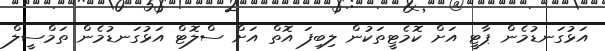
އަޅުގަނޑުމެން ޕާޓީ އަށް ކޮމެޓީތަކުން ލިބިފަ އޮތް އަށް ސްލޮޓް އަޅުގަނޑުމެން ތަމްސީލް